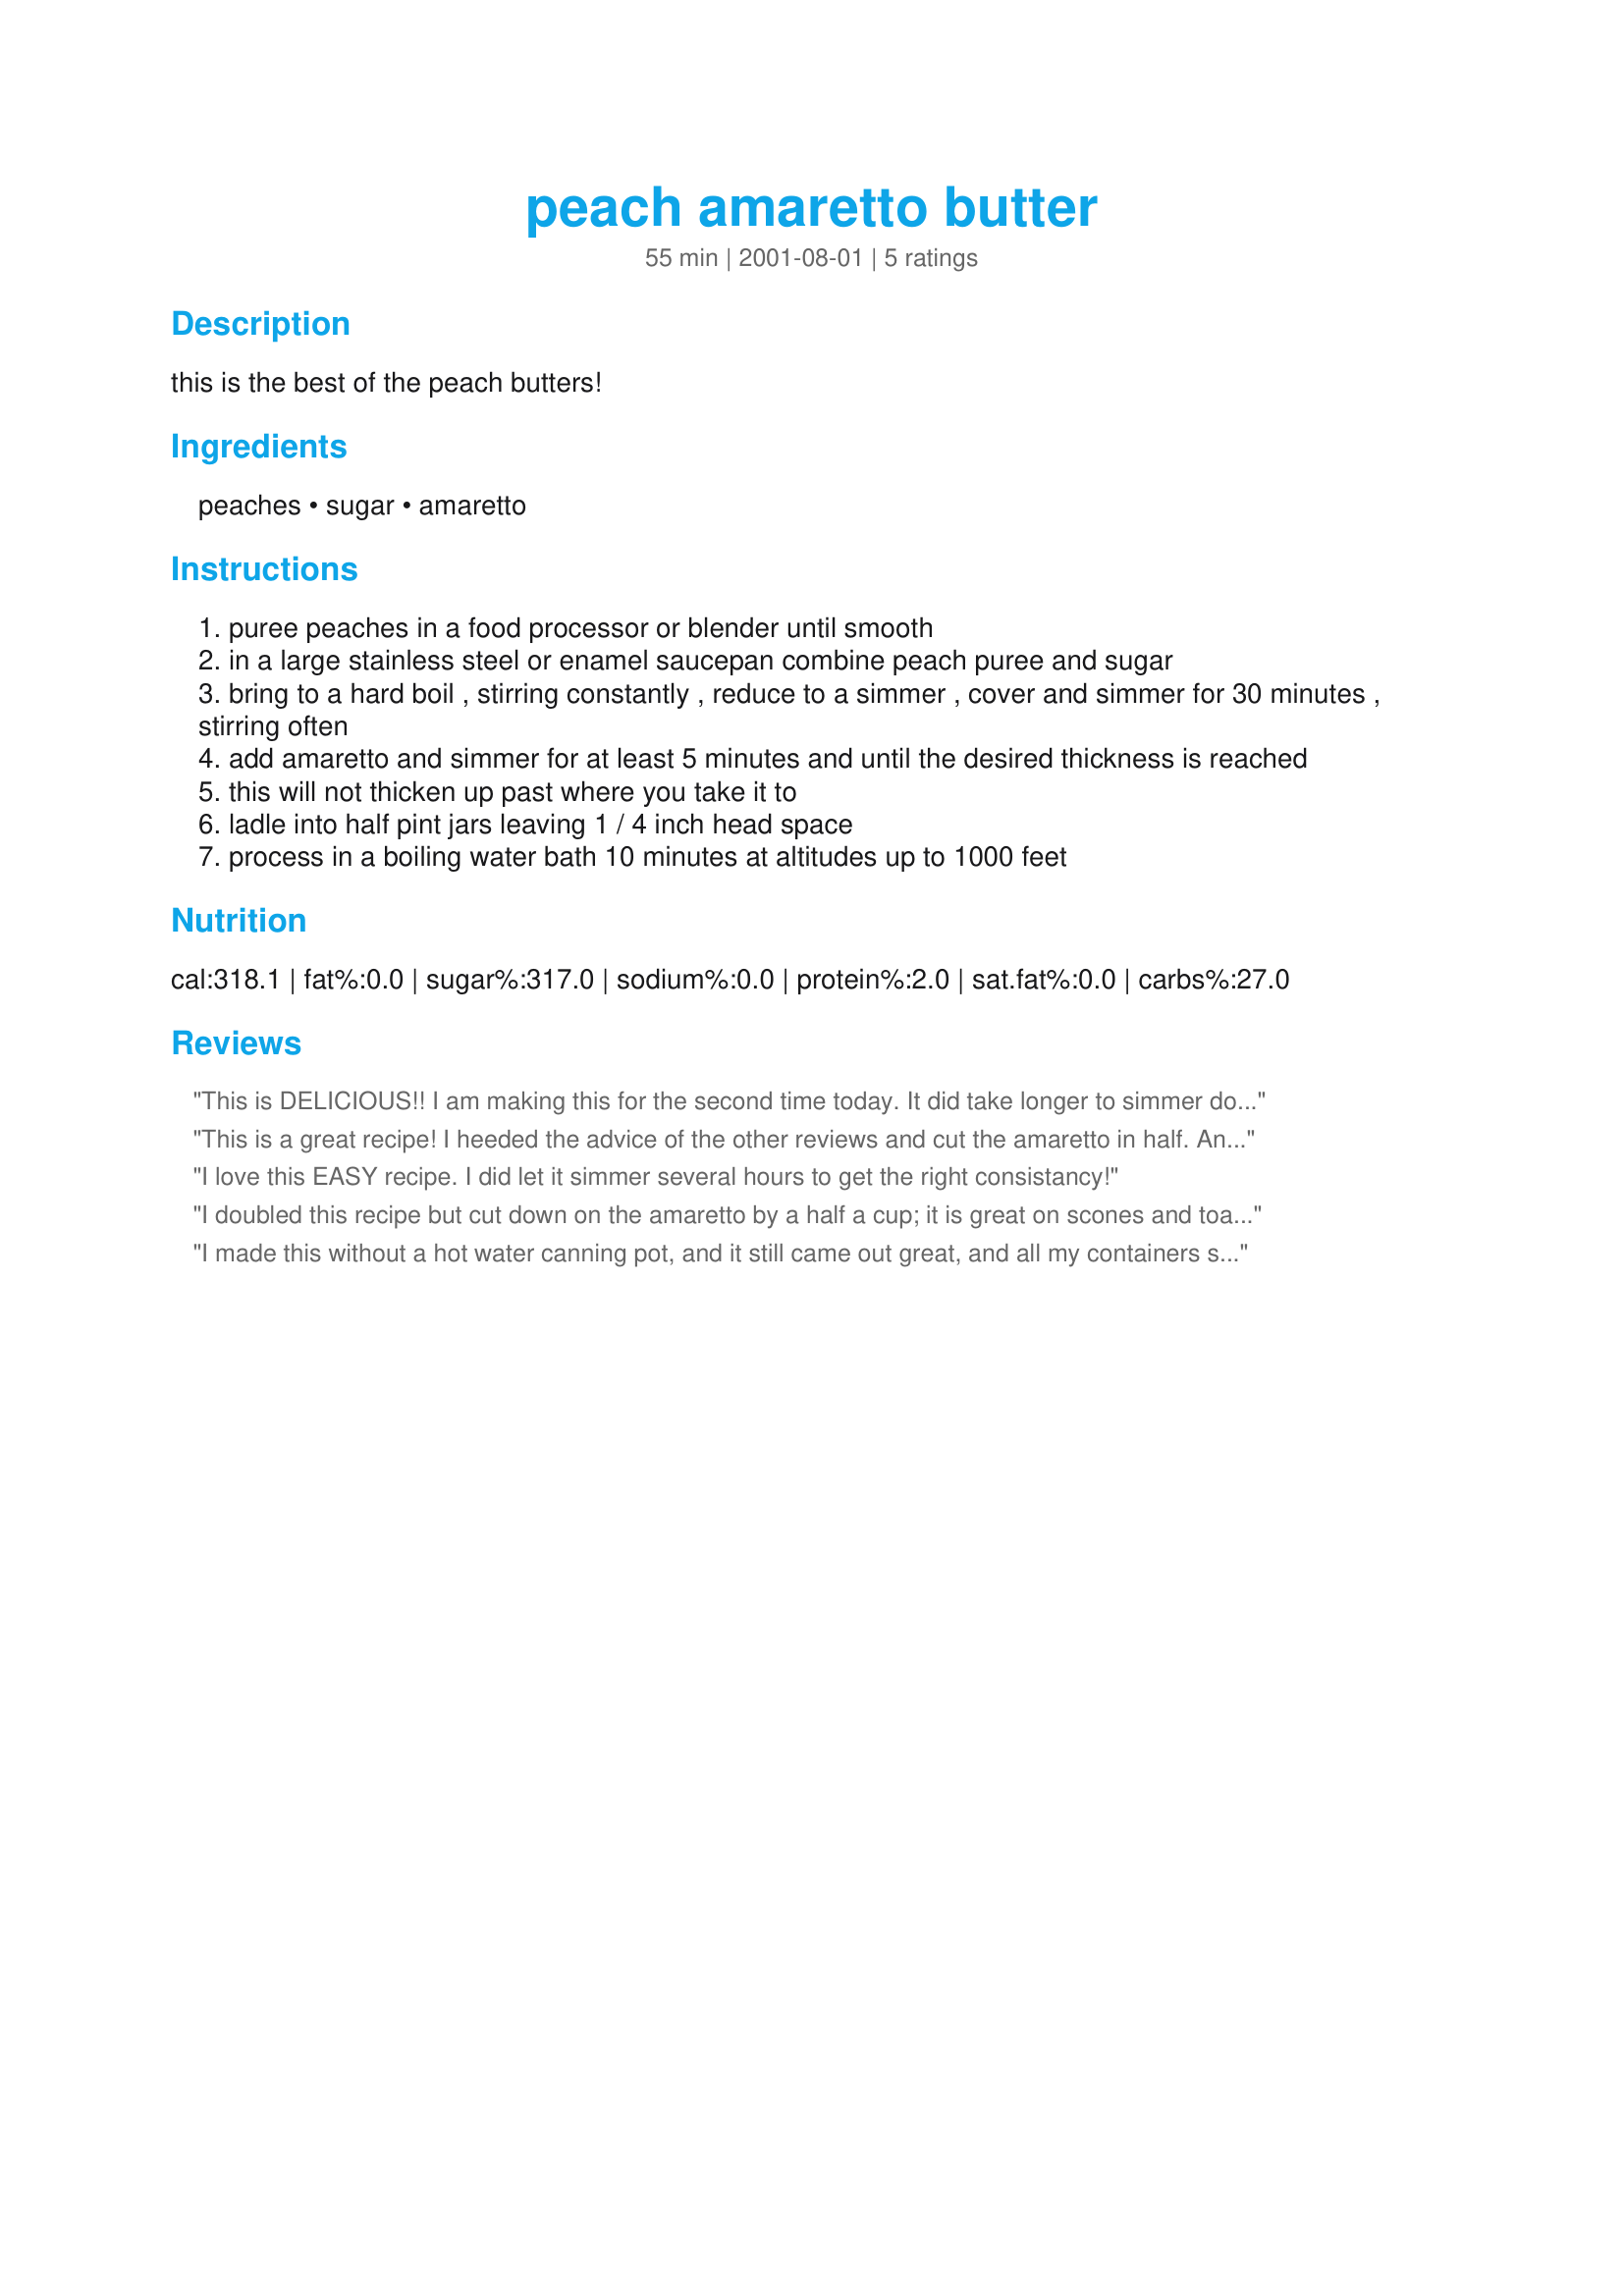
peach amaretto butter
Preparation time: 55 minutes

this is the best of the peach butters!

Ingredients:
peaches, sugar, amaretto

Steps:
puree peaches in a food processor or blender until smooth
in a large stainless steel or enamel saucepan combine peach puree and sugar
bring to a hard boil , stirring constantly , reduce to a simmer , cover and simmer for 30 minutes , stirring often
add amaretto and simmer for at least 5 minutes and until the desired thickness is reached
this will not thicken up past where you take it to
ladle into half pint jars leaving 1 / 4 inch head space
process in a boiling water bath 10 minutes at altitudes up to 1000 feet

Reviews:
This is DELICIOUS!! I am making this for the second time today. It did take longer to simmer down to the consistency I wanted, but I am sure this could vary depending on how juicy the peaches you are using. <br/><br/>I actually added more Amaretto than is called for in the recipe as I felt that the Amaretto flavor was hardly noticable at all at only 1 cup. I used about 1.5 cups. This is the second year I have made this!
This is a great recipe! I heeded the advice of the other reviews and cut the amaretto in half. And it took a lot longer to get to the right consistency than what the recipe says it will. But the aroma and taste are so worth it! My hubbie asked what I was making and then seemed disinterested. But as it cont. to cook, he asked when it would be done...then if he could have some... and then if I had made enough! Give this one a try! Thanks to DiB for sharing!
I love this EASY recipe. I did let it simmer several hours to get the right consistancy!
I doubled this recipe but cut down on the amaretto by a half a cup; it is great on scones and toast. Very easy and a great item for a gift basket.
I made this without a hot water canning pot, and it still came out great, and all my containers sealed. I simply used 2 large pasta pots - one for the butter, and one to boil my jars in. 
Anyway, on with the review. This is very tasty. I think next time, I will put in slightly less of the amaretto, but over all it is a very pleasant taste. Good on my English muffins in the am. Thanks.
